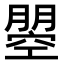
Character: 𭩇